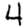
Digit: 4